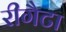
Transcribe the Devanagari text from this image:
रीगैटा